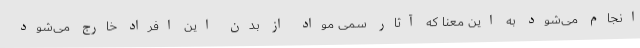
انجام می‌شود به این معنا که آثار سمی مواد از بدن این افراد خارج می‌شود